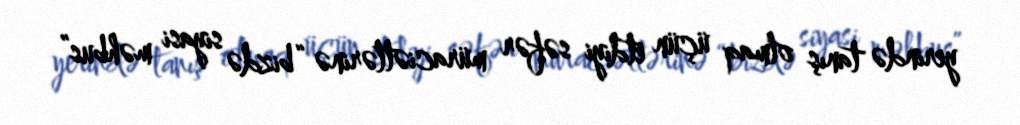
yerində tanış olmaq üçün etdiyi səfər müraciətlərinə “bizdə siyasi məhbus”